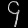
Digit: ၄